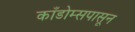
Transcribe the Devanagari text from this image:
काँडोम्सपासून